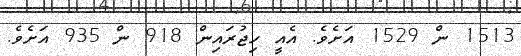
1513 ން 1529 އަށެވެ. އެއީ ހިޖުރައިން 918 ން 935 އަށެވެ.